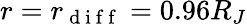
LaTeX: r=r_{\mathrm{~d~i~f~f~}}=0.96R_{J}